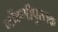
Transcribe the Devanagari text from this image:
नोंदणीपुस्तक